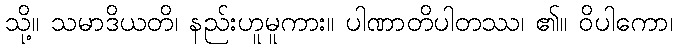
သို့။ သမာဒိယတိ၊ နည်းဟူမူကား။ ပါဏာတိပါတဿ၊ ၏။ ဝိပါကော၊